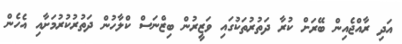
އަދި ރާއްޖެއިން ބޭރަށް ކުރާ ދަތުރުތަކުގައި ވަޒީރުން ބިޒްނަސް ކްލާހުން ދަތުރުކުރުމަށާއި އެހެން